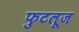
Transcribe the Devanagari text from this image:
फुटलूज